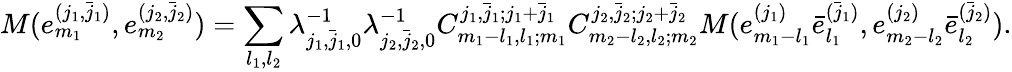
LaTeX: M(e_{m_{1}}^{(j_{1},\bar{j}_{1})},e_{m_{2}}^{(j_{2},\bar{j}_{2})})=\sum_{l_{1},l_{2}}\lambda_{j_{1},\bar{j}_{1},0}^{-1}\lambda_{j_{2},\bar{j}_{2},0}^{-1}C_{m_{1}-l_{1},l_{1};m_{1}}^{j_{1},\bar{j}_{1};j_{1}+\bar{j}_{1}}C_{m_{2}-l_{2},l_{2};m_{2}}^{j_{2},\bar{j}_{2};j_{2}+\bar{j}_{2}}M(e_{m_{1}-l_{1}}^{(j_{1})}\bar{e}_{l_{1}}^{(\bar{j}_{1})},e_{m_{2}-l_{2}}^{(j_{2})}\bar{e}_{l_{2}}^{(\bar{j}_{2})}).